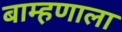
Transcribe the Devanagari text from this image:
बाम्हणाला